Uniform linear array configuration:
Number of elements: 12
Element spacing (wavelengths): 0.25
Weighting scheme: uniform
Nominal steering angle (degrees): -15
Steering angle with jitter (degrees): -15.883
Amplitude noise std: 0.05
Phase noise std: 0.05

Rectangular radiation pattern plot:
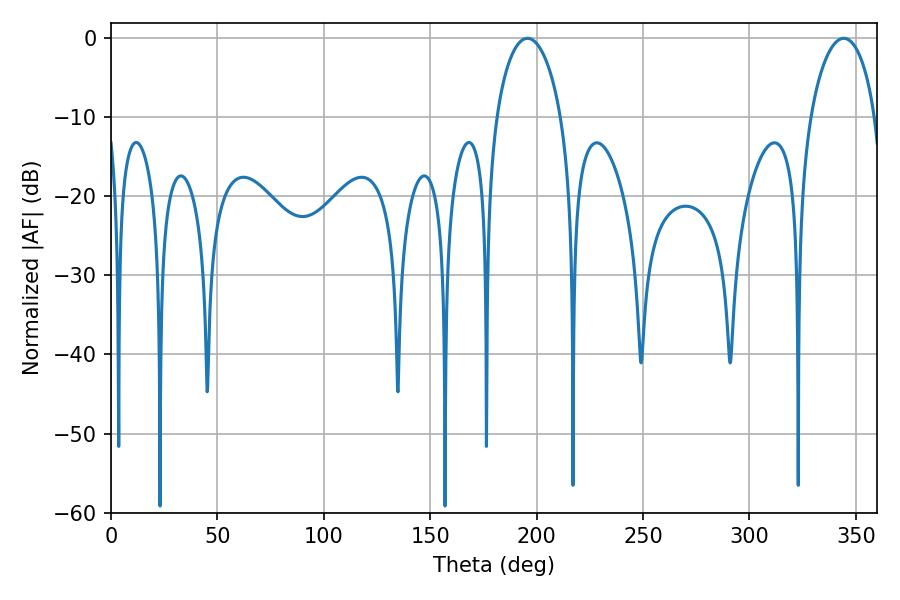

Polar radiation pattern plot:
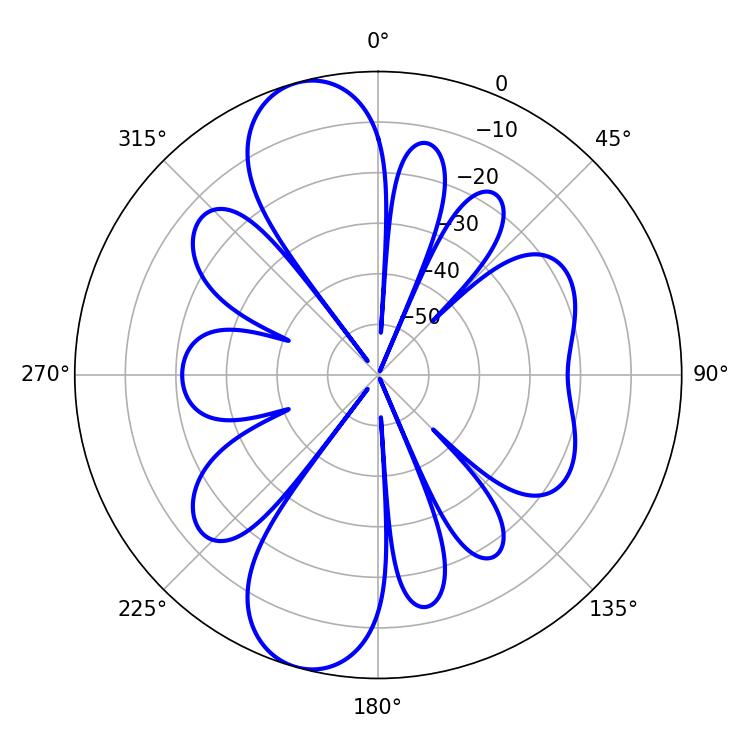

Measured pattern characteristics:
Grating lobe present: FALSE
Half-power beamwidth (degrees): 17.46
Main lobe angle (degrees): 195.66